Papers set at the Examination for Leaving Certificates, 1893
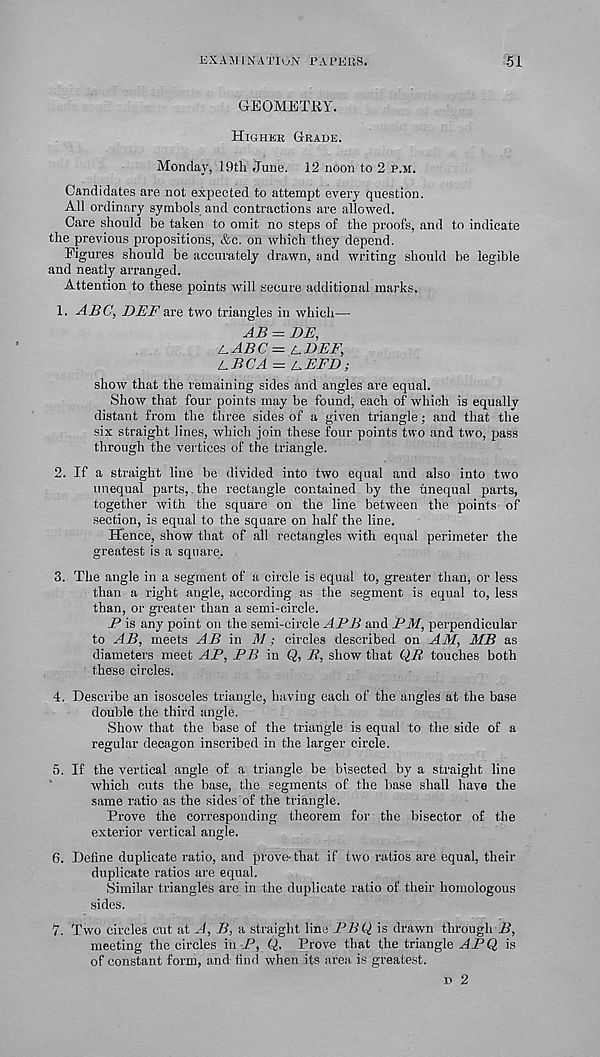
EXAMINATION L’AL'ERS.
51
GEOMETRY.
Highek Grade.
Monrlay, 19th June. 12 noon to 2 p.m.
Candidates are not expected to attempt every question.
All ordinary symbols and contractions are allowed.
Care should be taken to omit no steps of the proofs, and to indicate
the previous propositions, &c. on which they depend.
Figures should be accurately drawn, and writing should be legible
and neatly arranged.
Attention to these points will secure additional marks.
1. ABC, DBFa.v& two triangles in which—
AB = DE,
tABC = BEEF,
LBCA = LEFT);
show that the remaining sides and angles are equal.
Show that four points may be found, each of which is equally
distant from the three sides of a given triangle; and that the
six straight lines, which join these four points two and two, pass
through the vertices of the triangle.
2. If a straight line be divided into two equal and also into two
unequal parts,.the rectangle contained by the unequal parts,
together with the square on the line between the points of
section, is equal to the square on half the line.
Hence, show that of all rectangles with equal perimeter the
greatest is a square.
3. The angle in a segment of a circle is equal to, greater than, or less
than a right angle, according as the segment is equal to, less
than, or greater than a semi-circle.
P is any point on the semi-circle APB and PM, perpendicular
to AB, meets AB in M; circles described on AM, MB as
diameters meet AP, PB in Q, B, show that QR touches both
these circles.
4. Describe an isosceles triangle, having each of the angles at the base
double the third angle.
Show that the base of the triangle is equal to the side of a
regular decagon inscribed in the larger circle.
5. If the vertical angle of a triangle be bisected by a straight line
which cuts the base, the segments of the base shall have the
same ratio as the sides of the triangle.
Prove the corresponding theorem for the bisector of the
exterior vertical angle.
6. Define duplicate ratio, and prove- that if two ratios are equal, their
duplicate ratios are equal.
Similar triangles are in the duplicate ratio of their homologous
sides.
V. Two circles cut at A, B, a straight line PB Q is drawn through B,
meeting the circles in P, Q. Prove that the triangle AP Q is
of constant form, and find when its area is greatest.
d 2